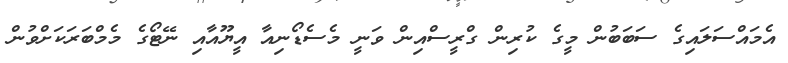
އެމައްސަލައިގެ ސަބަބުން މީގެ ކުރިން ގްރީސްއިން ވަނީ މެސެޑޯނިއާ އީޔޫއާއި ނޭޓޯގެ މެމްބަރަކަށްވުން